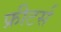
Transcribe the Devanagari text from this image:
फ्रीटर्स